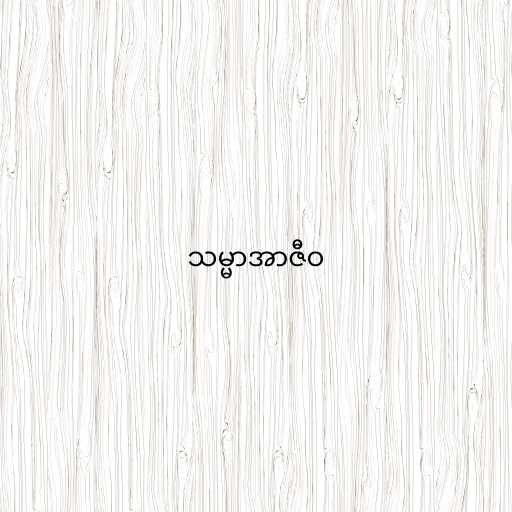
သမ္မာအာဇီဝ